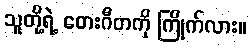
သူတို့ရဲ့ တေးဂီတကို ကြိုက်လား။